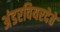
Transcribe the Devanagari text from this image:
अंडरवियरदेते